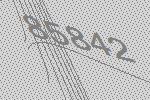
85842